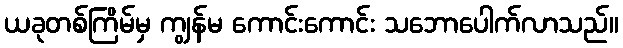
ယခုတစ်ကြိမ်မှ ကျွန်မ ကောင်းကောင်း သဘောပေါက်လာသည်။